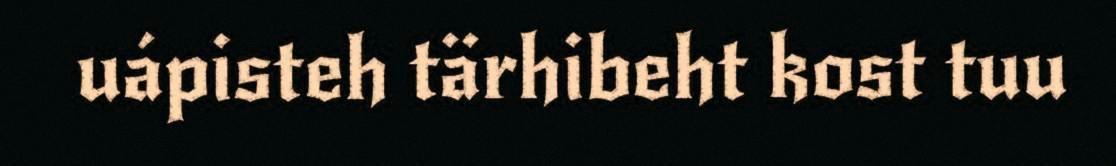
uápisteh tärhibeht kost tuu